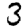
Digit: 3